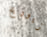
زيوريخ